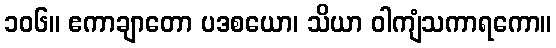
၁၀၆။ ဧကာချာတော ပဒစယော၊ သိယာ ဝါကျံသကာရကော။